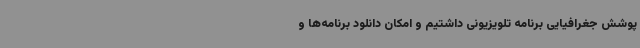
پوشش جغرافیایی برنامه تلویزیونی داشتیم و امکان دانلود برنامه‌ها و